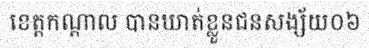
ខេត្តកណ្តាល បានឃាត់ខ្លួនជនសង្ស័យ០៦